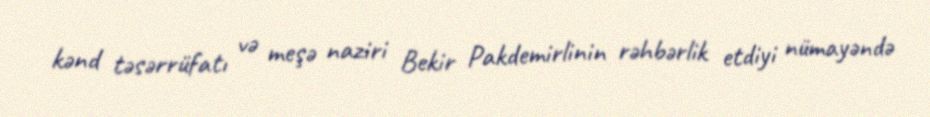
kənd təsərrüfatı və meşə naziri Bekir Pakdemirlinin rəhbərlik etdiyi nümayəndə